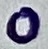
Text: 0